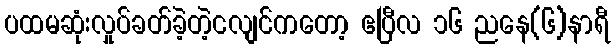
ပထမဆုံးလှုပ်ခတ်ခဲ့တဲ့ငလျင်ကတော့ ဧပြီလ ၁၆ ညနေ(၆)နာရီ